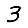
Digit: 3